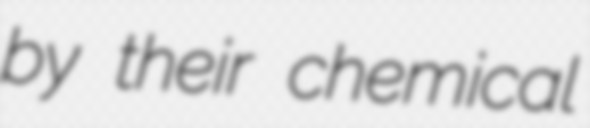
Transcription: by their chemical